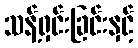
သန့်ရှင်းခြင်းနှင့်